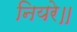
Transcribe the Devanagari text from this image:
नियरे॥